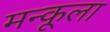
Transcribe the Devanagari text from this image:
मन्कूला